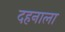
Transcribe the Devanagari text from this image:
दहनाला